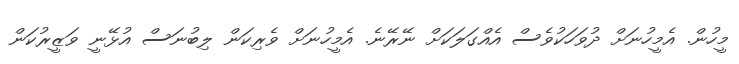
މީހުން. އެމީހުނަށް ދުވަހަކުވެސް އެއްގަލަކަށް ނޭރޭނެ. އެމީހުނަށް ވެރިކަން ލިބުނަސް އުޅޭނީ ވަޒީރުކަން